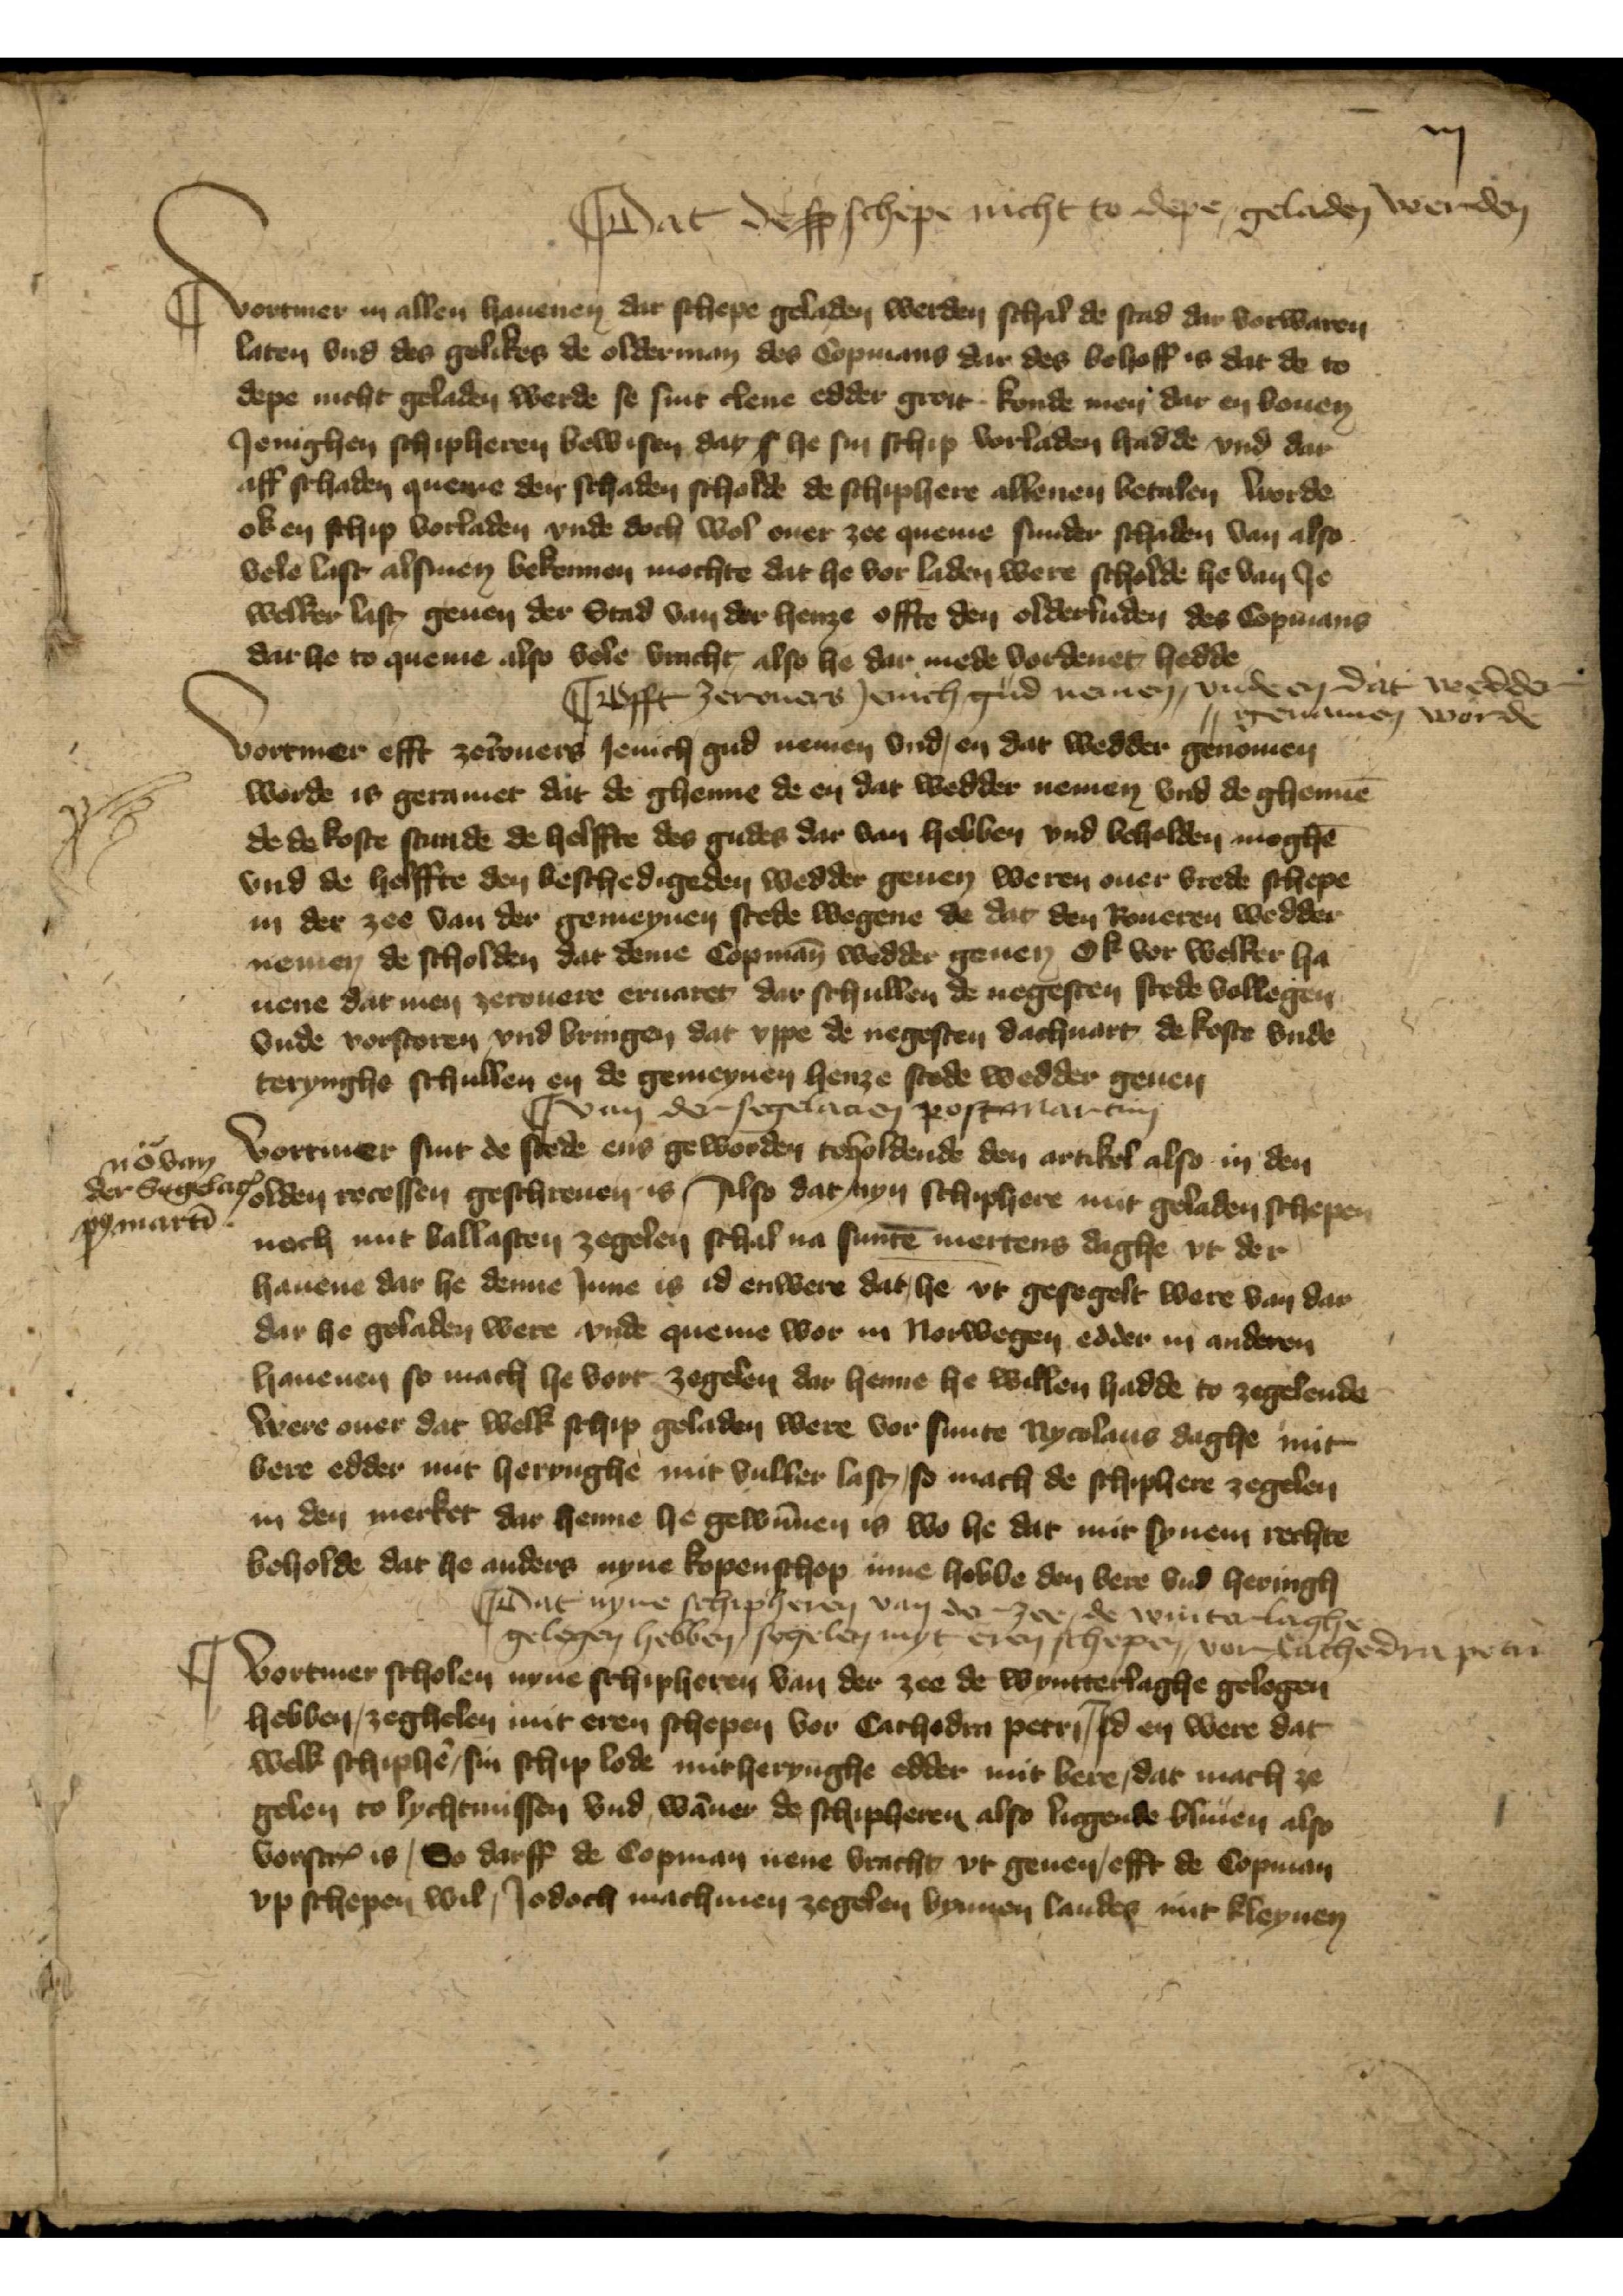
iij

|| Dat desse schepe nicht to depe geladen werden

Vortmer in allen hauenen dat schepe geladen werden schal de stad dar vorwaren
laten vnd des gelikes de olderman des Copmans dar des behoff is dat de to
depe nicht geladen werde se sint clene edder grot konde men dar en bouen
Jenighen schipheren bewisen dar s he sin schip vorladen hadde vnd dar
aff schaden queme den schaden scholde de schiphere allenen betalen worde
ok en schip vorladen vnde doch wol ouer zee queme sunder schaden van also
vele last alsmen bekennen mochte dat he vor laden were scholde he van Je¬
welker last geuen der Stad van der henze offte den olderluden des Copmans
dar he to queme also vele vracht also he dar mede vordenet hedde

|| efft zeerouers Jenich gud nemen, vnde en dat wedder
genamen worde

Vortmer efft zẻrouers Jenich gud nemen vnd en dat wedder genomen
worde is geramet dat de ghenne de en dat wedder nemen vnd de ghennē
de de koste stundē de helffte des gudes dar van hebben vnd beholden moghē
vnd de helffte den beschedigeden wedder geuen weren ouer vrede schepe
in der zee van der gemeynen stede wegene de dat den Roueren wedder
nemen de scholden dat deme Copman̄ wedder geuen ok vor welker ha¬
uene dat men zeerouere eruaret dar schullen de negesten stede vollegen
vnde vorstoren vnd bringen dat vppe de negesten dachuart de koste vnde
terynghe schullen en de gemeynen henze stede wedder geuen

|| van der segelacien post martini

Vortmer sint de stede eens geworden toholdende den artikel also in den
olden recessen geschreuen is, Also dat nyn Schiphere mit geladen schepen
noch mit ballasten zegelen schal na suntē mertens daghe vt der
hauene dar he denne Jnne is id enwere dat he vt gesegelt were van dar
dar he geladen were vnde queme wor in Norwegen edder in anderen
haueuen so mach he vort zegelen dar henne he willen hadde to zegelende
were ouer dat welk schip geladen were vor sunte Nycolaus daghe mit
bere edder mit heringhe mit vuller laste, so mach de schiphere zegelen
in den merket dar henne he gewūnen is wo he dat mit synem rechte
beholde dat he anders nyne kopenschop inne hebbe den bere vnd heringh

No van
der segelatholden recessen geschreuen is, Also dat nyn Schiphere mit geladen schepen
penē 
noch mit vollasten zegelen schal na suntē mertens daghe vt der

|| dat nyne schipheren van der zee, de winter laghe
gelegen hebben, segelen myt eren schepen, vor cathedra petri

|| Vortmer scholen nyne schipheren van der zee de wyntterlaghe gelegen
hebben, zeghelen mit eren schepen vor Cathedra Petri | Jd en were dat
welk schiphẻ sin schip lode mit herynghe edder mit bere, dat mach ze¬
gelen to lychtnissen vnd wāner de schipheren also liggende bliuen also
vorscrꝬ is, So darff de Copman nene vracht vt geuen efft de Copman
vp schepen wil, Jodoch mach men zegelen bynnen landes mit kleynen